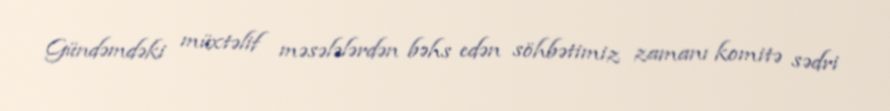
Gündəmdəki müxtəlif məsələlərdən bəhs edən söhbətimiz zamanı komitə sədri